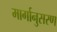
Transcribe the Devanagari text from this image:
मार्गानुसरण